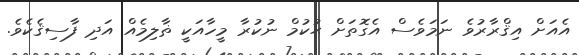
އެއަށް އިޤްރާރުވެ ނަމަވެސް އެގޮތަށް ޙުކުމް ނުކުރާ މީހާއަކީ ޡާލިމެއް އަދި ފާސިޤެކެވެ.